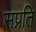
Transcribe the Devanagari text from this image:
सप्रति